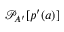
\mathcal { P } _ { A ^ { \prime } } [ p ^ { \prime } ( a ) ]